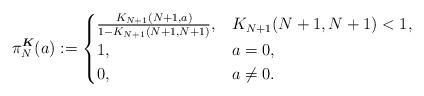
LaTeX: \begin{align*}\pi_{N}^{\boldsymbol{K}}(a) := \begin{cases}\frac{K_{N+1}(N+1,a)}{1-K_{N+1}(N+1,N+1)}, & K_{N+1}(N+1,N+1) < 1, \\1, & a = 0, \\0, & a \neq 0.\end{cases}\end{align*}